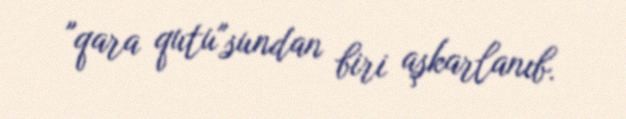
"qara qutu"sundan biri aşkarlanıb.